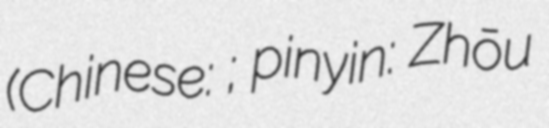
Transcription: (Chinese: 周勤之; pinyin: Zhōu